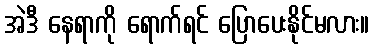
အဲဒီ နေရာကို ရောက်ရင် ပြောပေးနိုင်မလား။